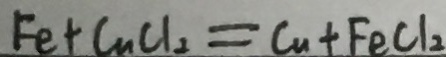
F e + C u C l _ { 2 } = C u + F e C l _ { 2 }